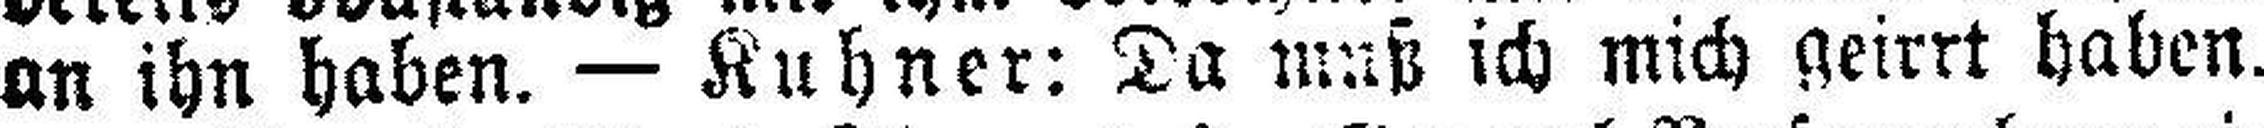
an ihn haben. — Kuhner: Da muß ich mich geirrt haben.